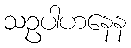
သဥပါဟနေန